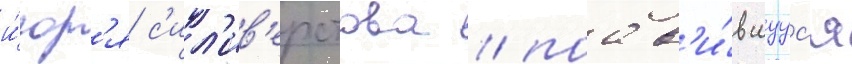
и́гор'я с'ил'ив'ерстова / поав'и́вшуус'я